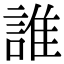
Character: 誰